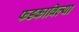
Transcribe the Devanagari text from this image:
फडकाविल्या